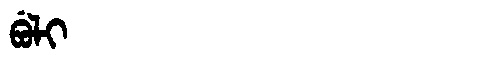
Manchu: ᠪᡠᠯᡳ
Romanization: BULI